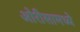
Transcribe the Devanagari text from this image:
ओरीसामध्ये